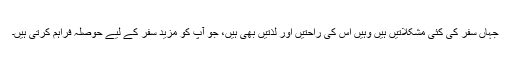
جہاں سفر کی کئی مشکلاتیں ہیں وہیں اس کی راحتیں اور لذتیں بھی ہیں، جو آپ کو مزید سفر کے لیے حوصلہ فراہم کرتی ہیں۔